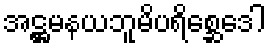
အဋ္ဌမနယဘူမိပရိစ္ဆေဒေါ